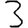
Digit: 3